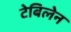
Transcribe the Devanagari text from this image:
टेबिलेन